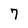
Character: 7